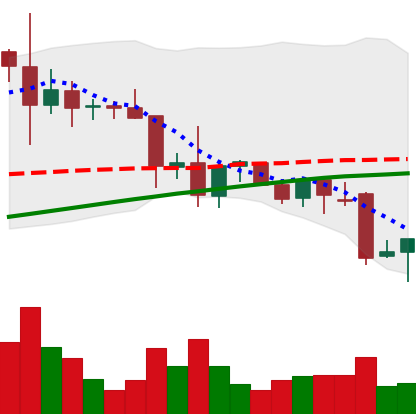
Ticker: XRP-USD
Chart end date: 2021-11-28
Forward return: -4.801%
Label: down_3_5